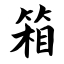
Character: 箱